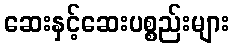
ဆေးနှင့်ဆေးပစ္စည်းများ